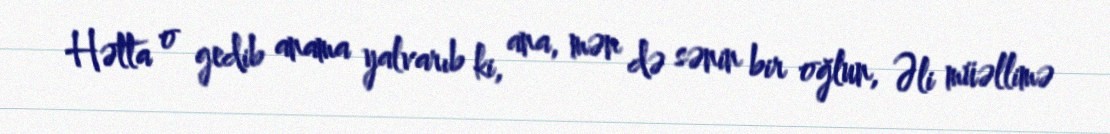
Hətta o gedib anama yalvarıb ki, ana, mən də sənin bir oğlun, Əli müəllimə